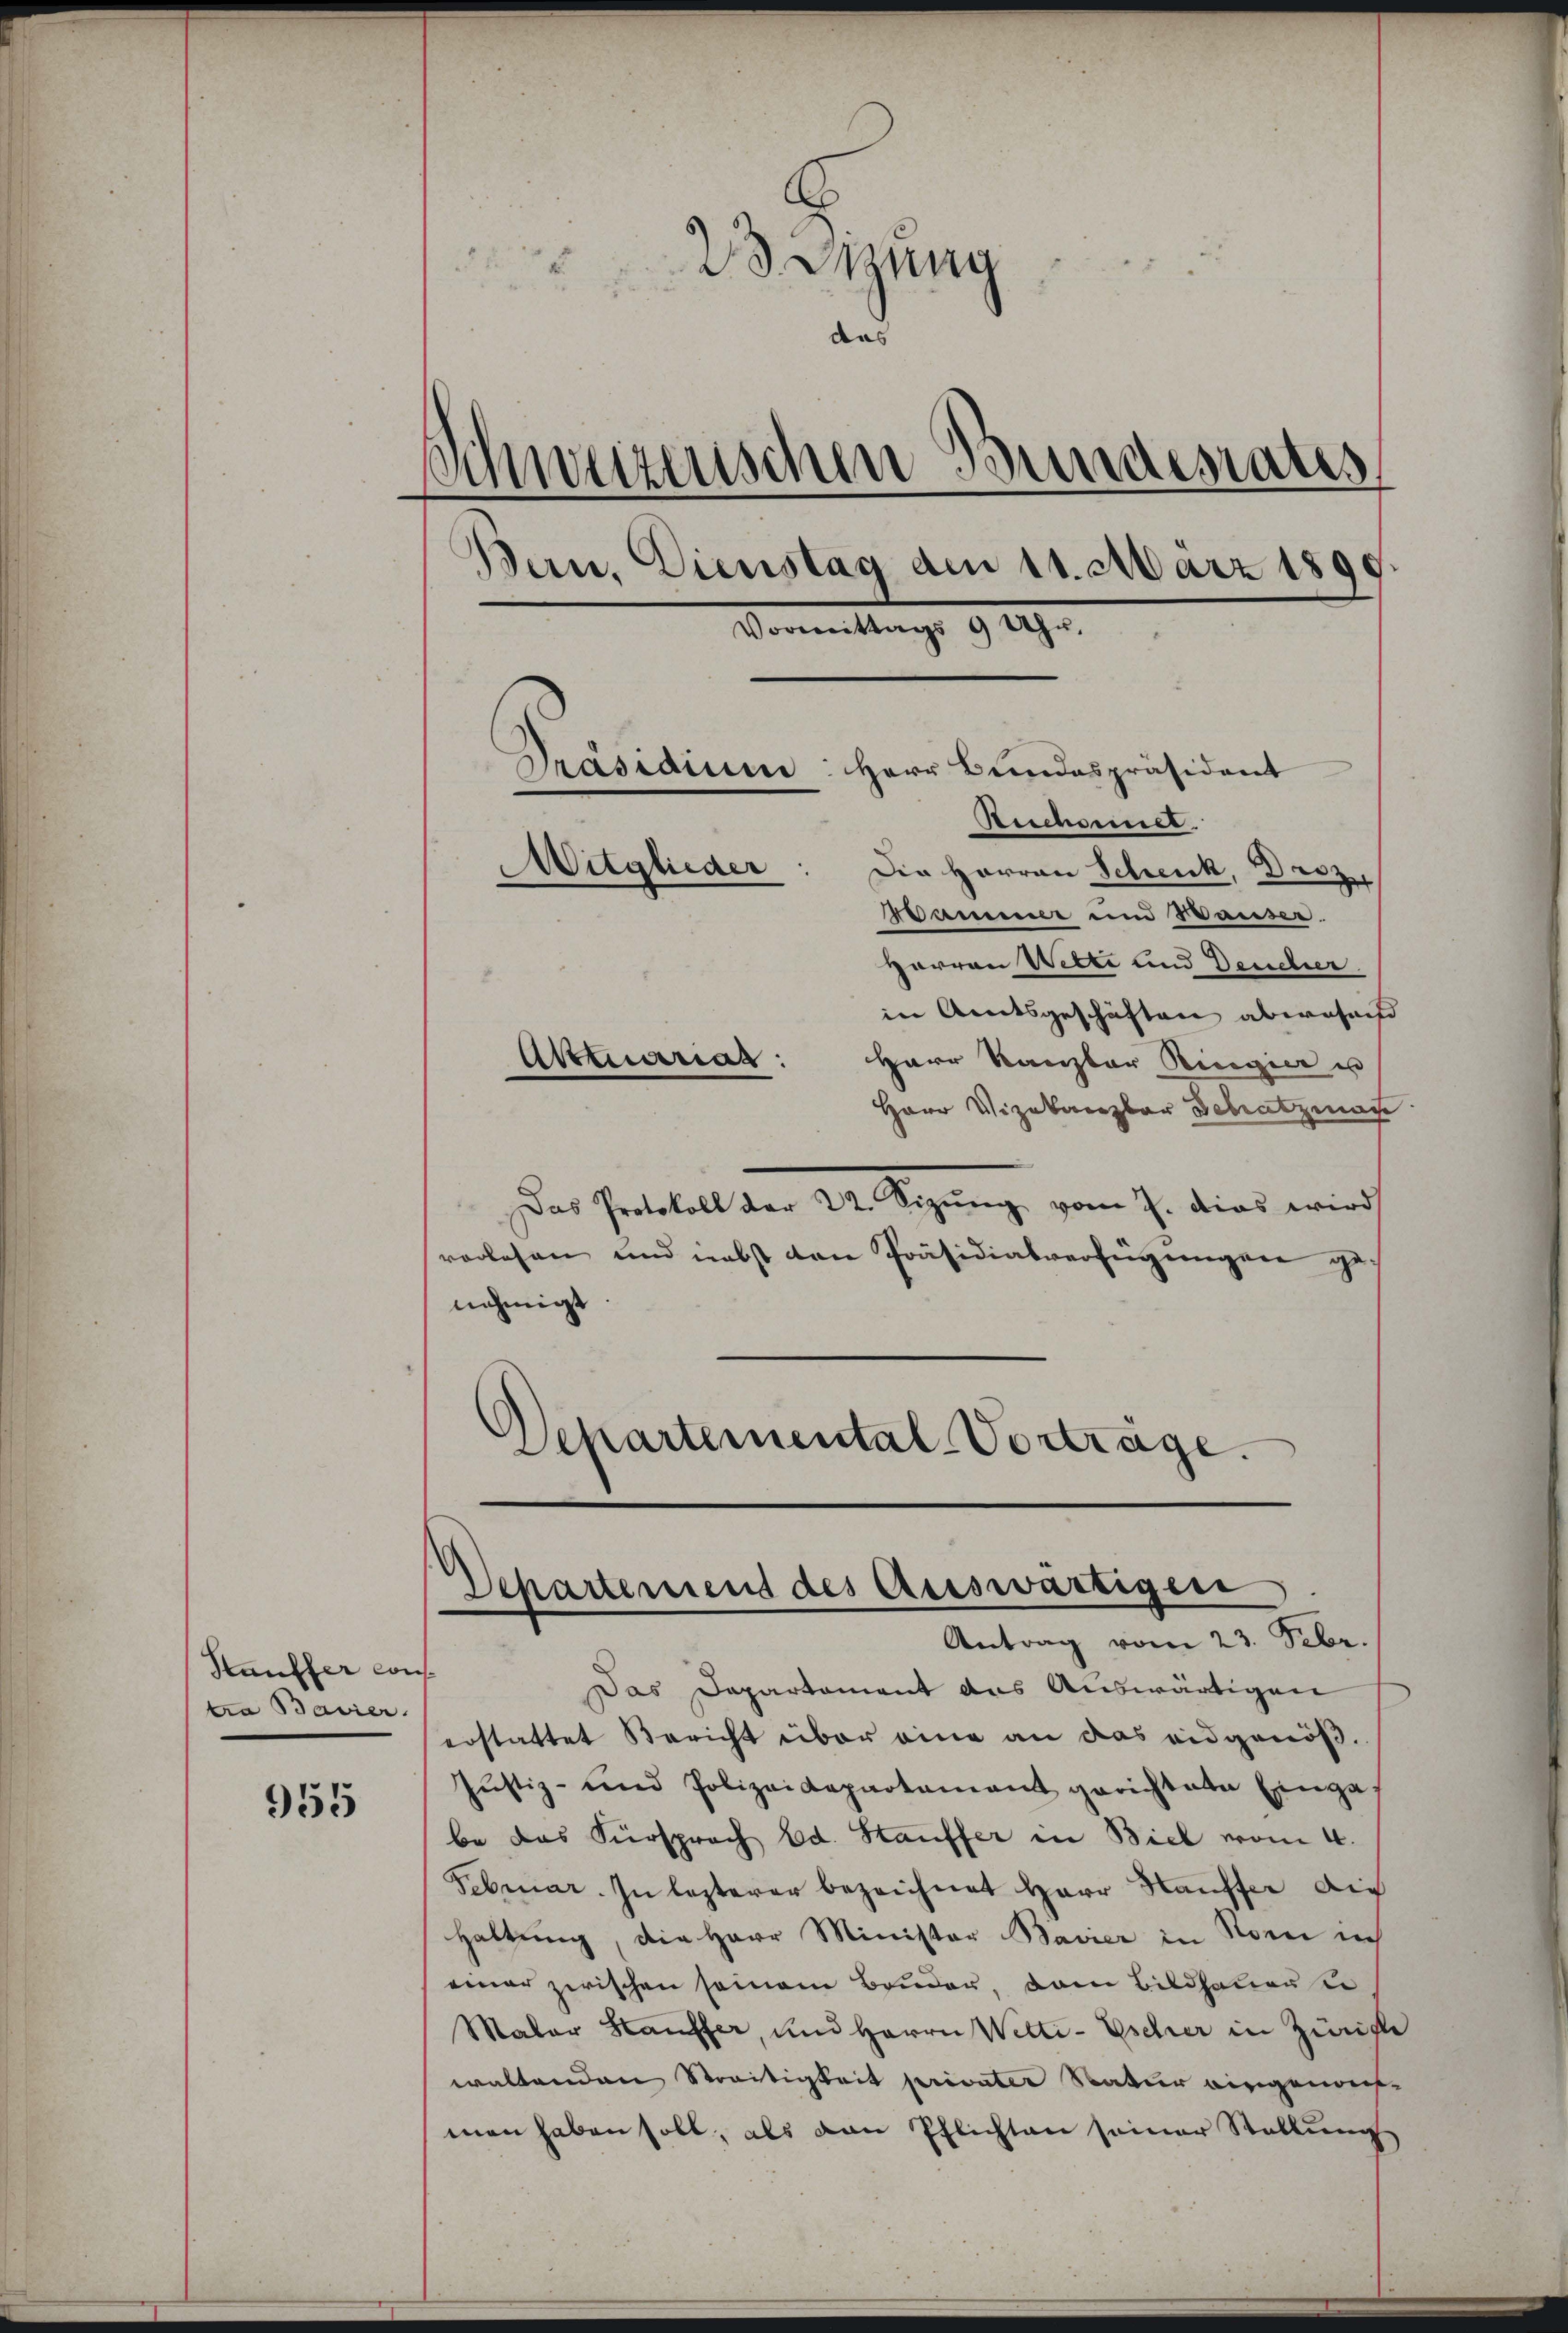
Kauffer cons
tra Bavier

955

tzung
s

das
Schweizerischen Bundesaus
Bern. Dienstag am 11. März 189
Vormittags 9 Uhr.
Präsidium: Herr Bundespräsident
Bescheiner.
Mitglieder
Die Herren Schenk, Droz.
Bamner und Waiser.
Harren Wette und Deucher.

in Amtsgeschäften abwehrend
Herr Kanzler Ringier u
Herr Vizekanzler Schatzmann
Das Protokoll der 22. Sizŭng vom 7. dies wird
vorlesen und nebst den Präsidialverfügungen genehmigt
Separtemental-Vorträge.

Aktuarias:

Departement des auswärtigen
Antrag vom 23. Febr.

Das Departament des Auswärtigen
erstattet Bericht über eine an das eidgenöß¬
Justiz- und Polizeidepartamant gerichtete Einga
be das Fürsprach Ed. Hauffer in Biel vom 4.
Februar. In lezterer bezeichnet Herr Hauffer die
Haltung, die Herr Minister Bavier in Sonne ich
einer zwischen seinem Bruder, dem Bildhauense
Maler Hauffer, und Herrn Wetti-Escher in Zürich
waltenden Streitigkeit privater Natur eingenos-
men haben soll, als von Pflichten seiner Stellung